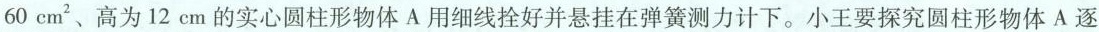
60cm^{2}、高为12cm的实心圆柱形物体A用细线拴好并悬挂在弹簧测力计下。小王要探究圆柱形物体A逐